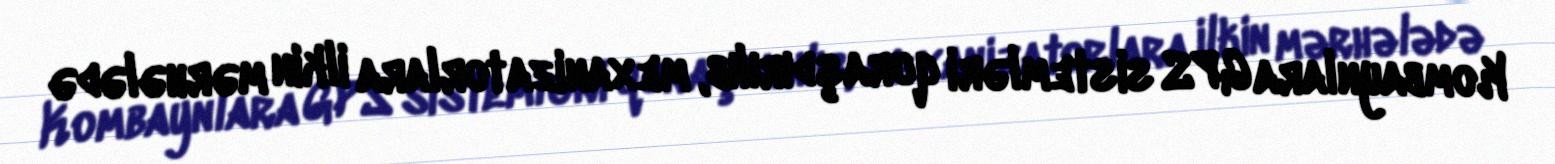
Kombaynlara GPS sistemləri quraşdırılıb, mexanizatorlara ilkin mərhələdə